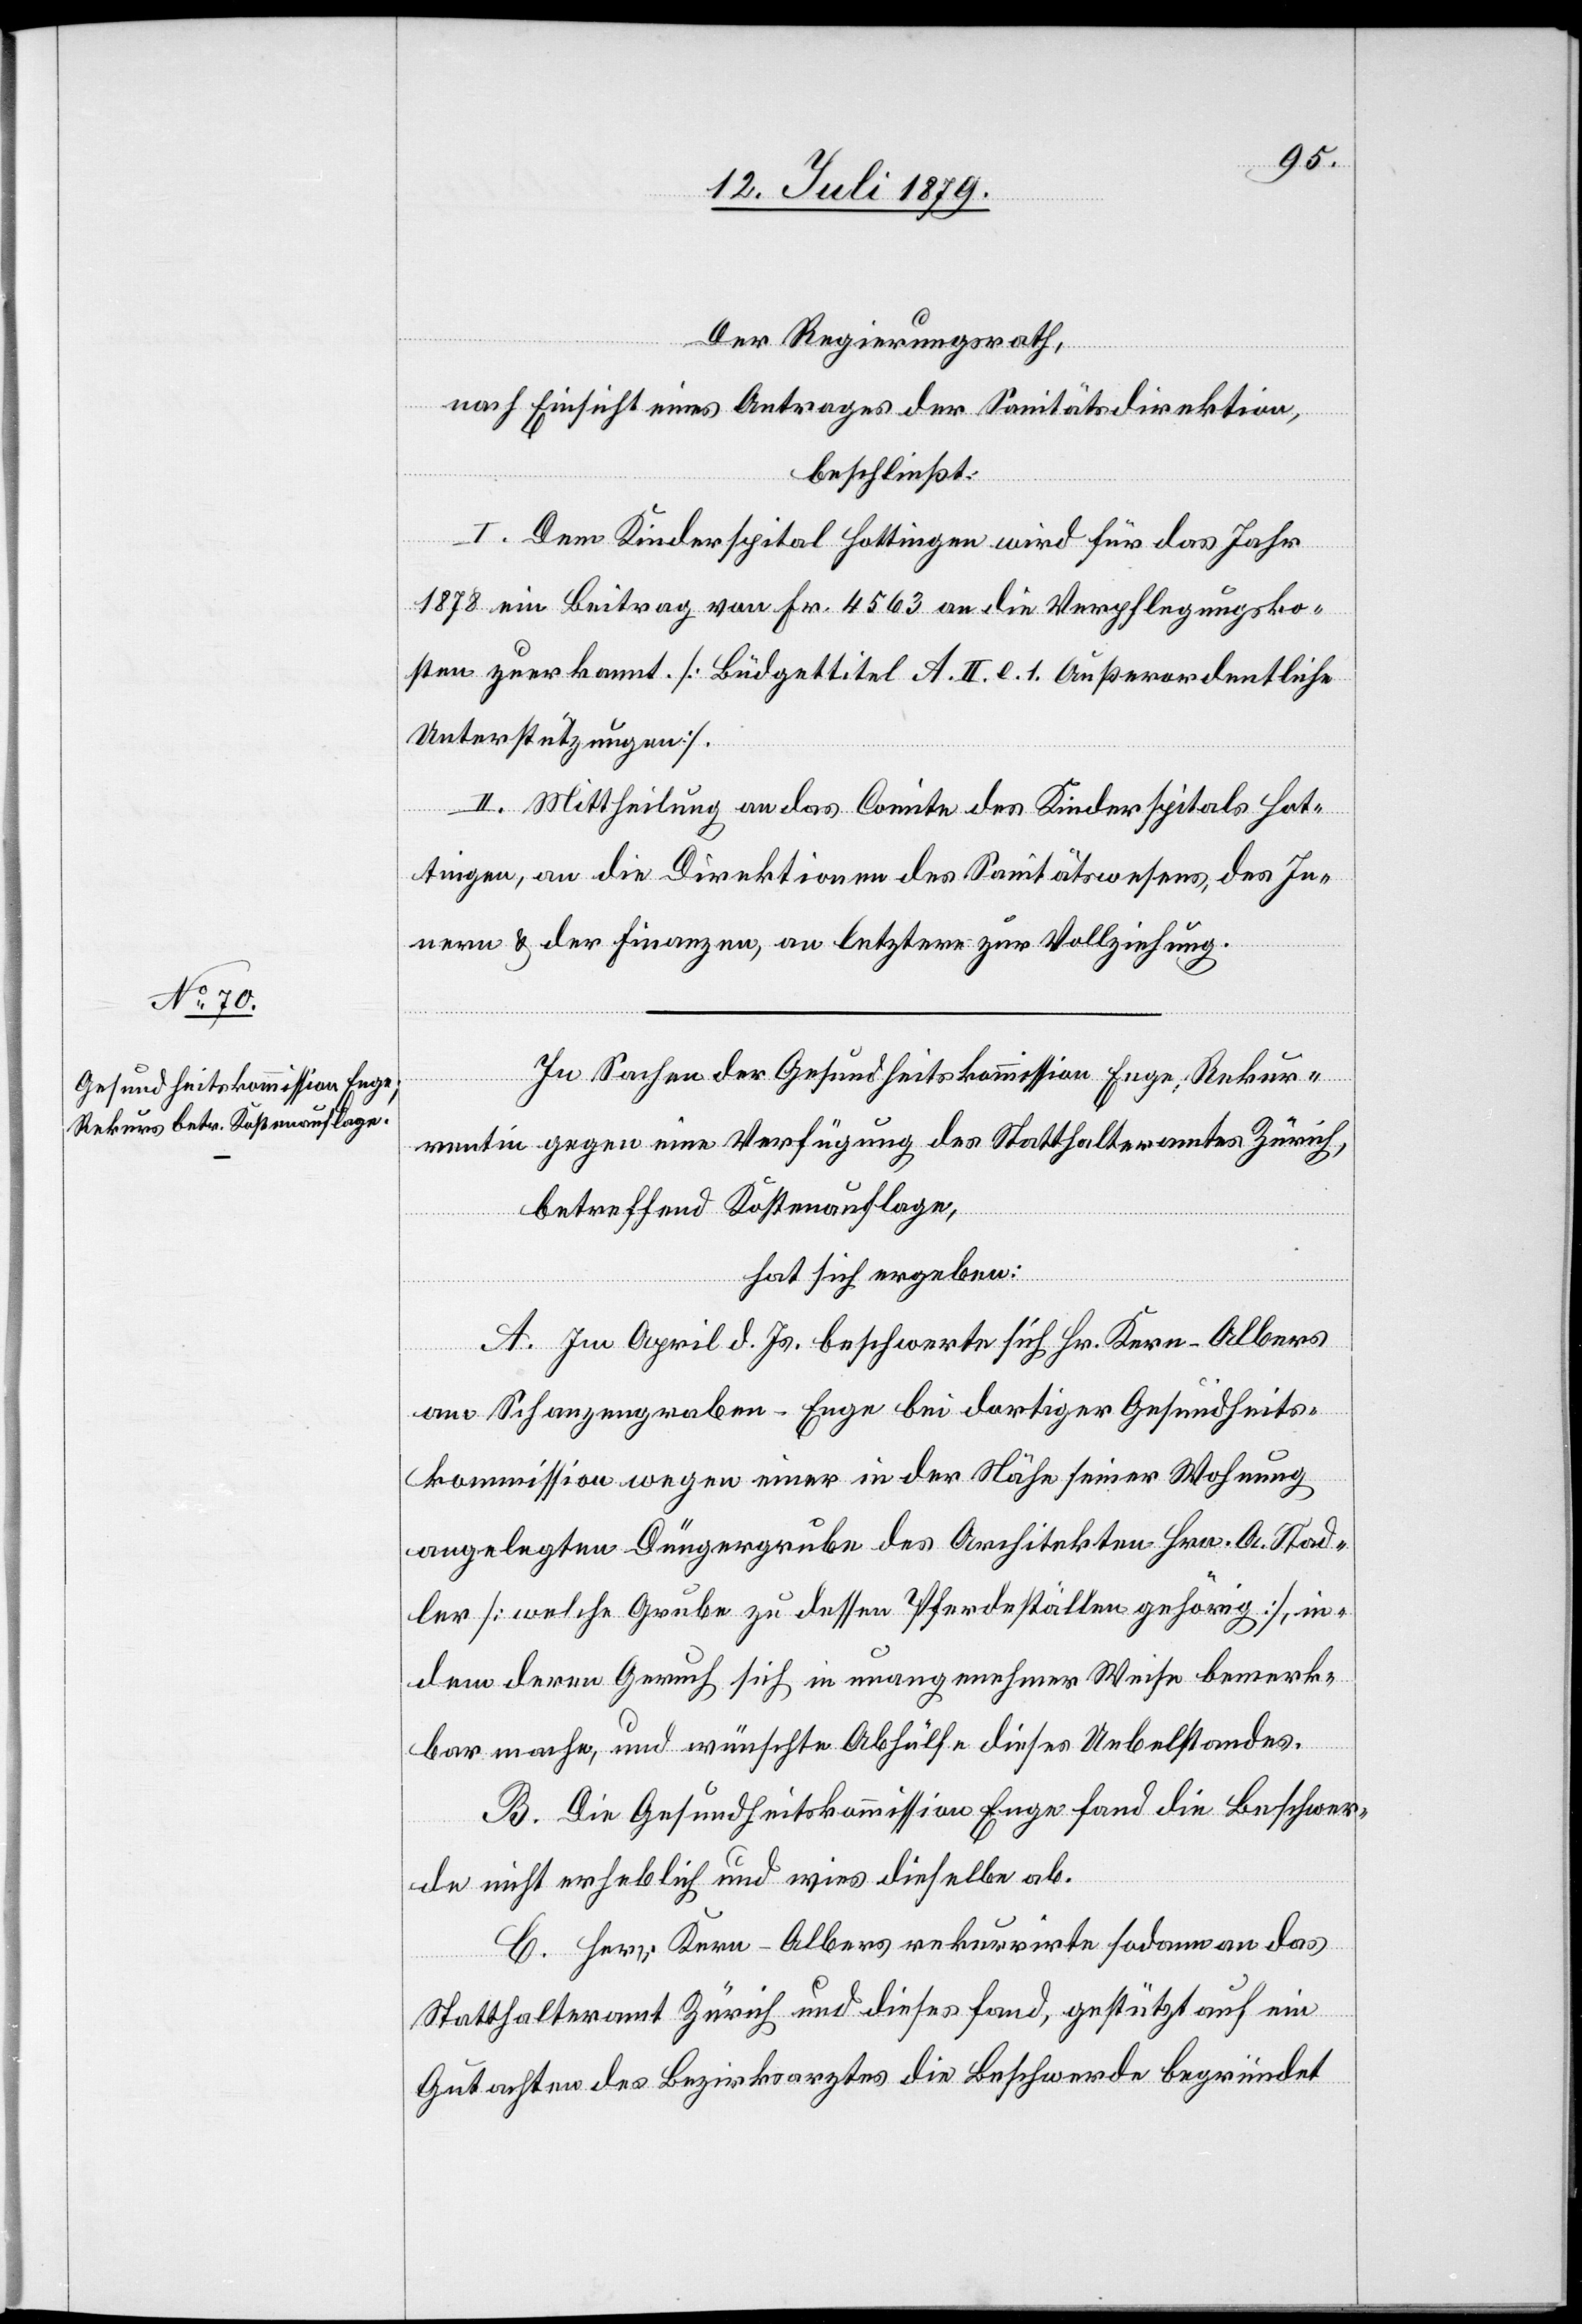
Der Regierungsrath,
nach Einsicht eines Antrages der Sanitätsdirektion,
beschließt:
I. Dem Kinderspital Hottingen wird für das Jahr
1878 ein Beitrag von Fr. 4563 an die Verpflegungsko¬
sten zuerkannt. [Büdgettitel A. II. e. 1. Außerordentliche
Unterstützungen].
II. Mittheilung an das Comite des Kinderspitals Hot¬
tingen, an die Direktionen des Sanitätswesens, des In¬
nern & der Finanzen, an letztere zur Vollziehung.
In Sachen der Gesundheitskommission Enge, Rekur¬
rentin gegen eine Verfügung des Statthalteramtes Zürich,
betreffend Kostenauflage,
hat sich ergeben:
A. Im April d. Js. beschwerte sich Hr. Kern-Albers
am Schanzengraben - Enge bei dortiger Gesundheits¬
kommission wegen einer in der Nähe seiner Wohnung
angelegten Düngergrube des Architekten Hrn. A. Stad¬
ler [welche Grube zu dessen Pferdeställen gehörig], in¬
dem deren Geruch sich in unangenehmer Weise bemerk¬
bar mache, und wünschte Abhülfe dieses Uebelstandes.
B. Die Gesundheitskommission Enge fand die Beschwer¬
de nicht erheblich und wies dieselbe ab.
C. Herr Kern-Albers rekurrirte sodann an das
Statthalteramt Zürich und dieses fand, gestützt auf ein
Gutachten des Bezirksarztes die Beschwerde begründet